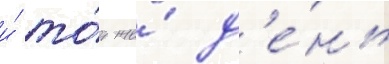
и́ то́т же́ д'е́нь